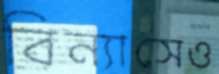
বিন্যাসেও